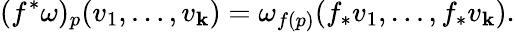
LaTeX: (f^{*}\omega)_{p}(v_{1},\ldots,v_{\mathbf{k}})=\omega_{f(p)}(f_{*}v_{1},\ldots,f_{*}v_{\mathbf{k}}).